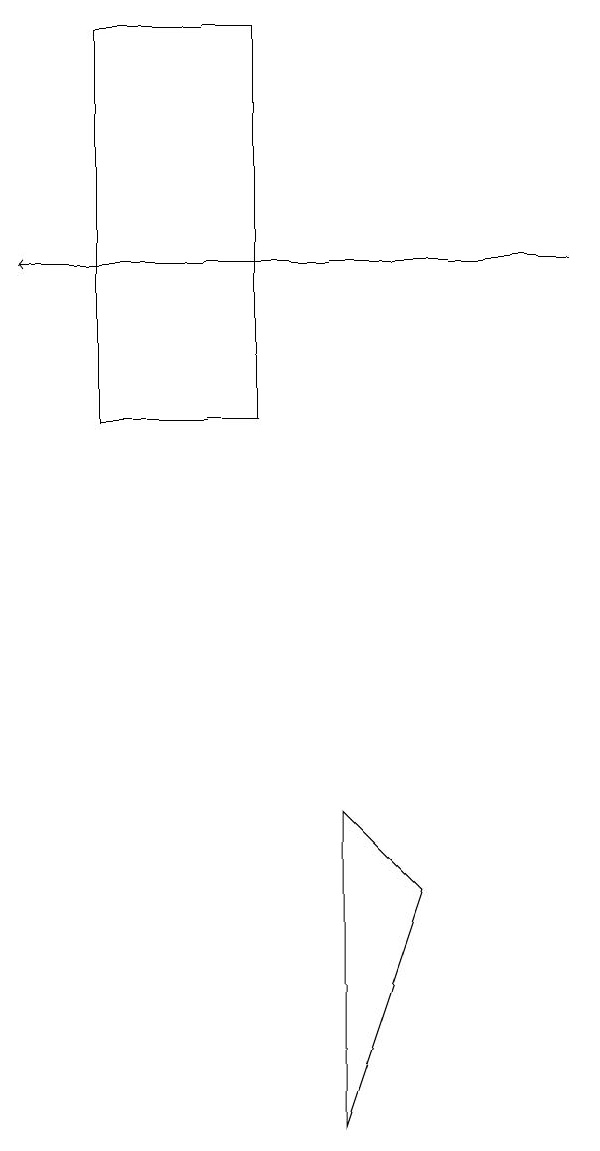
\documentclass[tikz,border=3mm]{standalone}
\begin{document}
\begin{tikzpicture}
\draw (3,18) rectangle (1,13);
\draw[->] (7,15) -- (0,15);
\draw (5,7) -- (4,4) -- (4,8) -- cycle;
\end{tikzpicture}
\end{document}